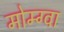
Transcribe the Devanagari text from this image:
मोम्ग्वा